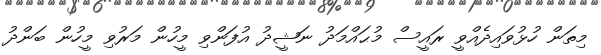
މިތަން ހުޅުވައިދެއްވީ ރައީސް މުޙައްމަދު ނަޝީދު އުފަންވި މީހުން މަރުވި މީހުން ބަންދު